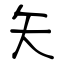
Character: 矢